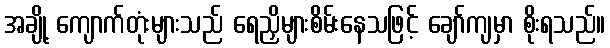
အချို့ ကျောက်တုံးများသည် ရေညှိများစိမ်းနေသဖြင့် ချော်ကျမှာ စိုးရသည်။